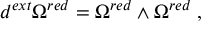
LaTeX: d ^ { e x t } \Omega ^ { r e d } = \Omega ^ { r e d } \wedge \Omega ^ { r e d } \; ,